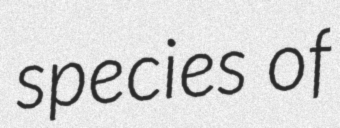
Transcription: species of